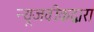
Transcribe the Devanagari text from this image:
न्यूजवीकद्वारा